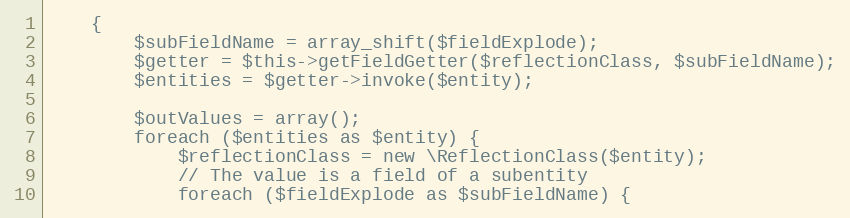
Language: PHP
    {
        $subFieldName = array_shift($fieldExplode);
        $getter = $this->getFieldGetter($reflectionClass, $subFieldName);
        $entities = $getter->invoke($entity);

        $outValues = array();
        foreach ($entities as $entity) {
            $reflectionClass = new \ReflectionClass($entity);
            // The value is a field of a subentity
            foreach ($fieldExplode as $subFieldName) {